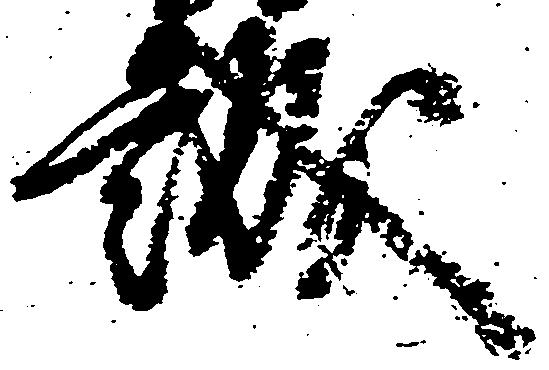
誠